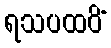
ရသပထဝိံ